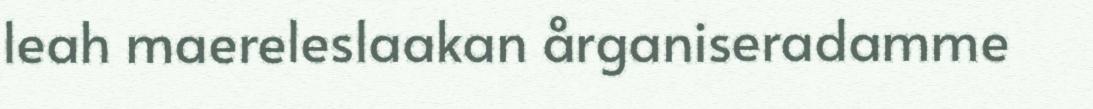
leah maereleslaakan årganiseradamme